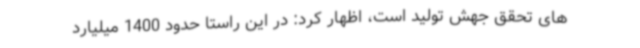
های تحقق جهش تولید است، اظهار کرد: در این راستا حدود 1400 میلیارد